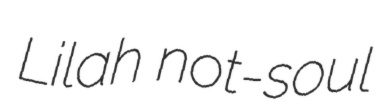
Lilah not-soul